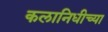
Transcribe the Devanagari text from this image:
कलानिधीच्या